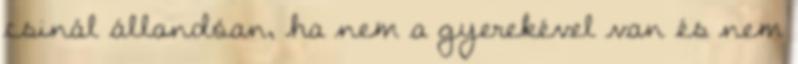
csinál állandóan, ha nem a gyerekével van és nem